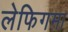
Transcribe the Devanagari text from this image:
लेफिगमा